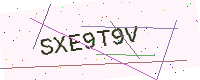
Text: SXE9T9V